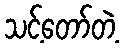
သင့်တော်တဲ့